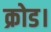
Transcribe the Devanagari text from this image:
क्रोड।